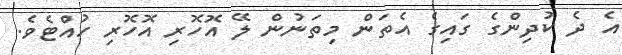
އެ ދެ ކުދިންގެ ގައިގެ އެތަން މިތަނުން ލޭ އޮހޮރި އޮހޮރި ހުއްޓެވެ.